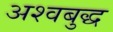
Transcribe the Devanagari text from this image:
अश्वबुद्ध